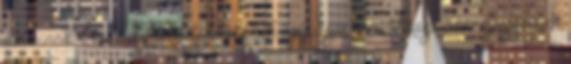
az nincs.” Hasonló jelentésű elemek egyidejű, nem oksági összefüggésben